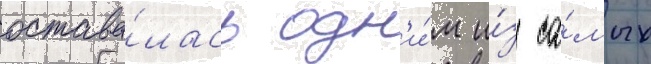
остава́лась одн'и́м и́з са́мых